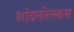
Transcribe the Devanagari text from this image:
यशोदाललितस्वात्मा